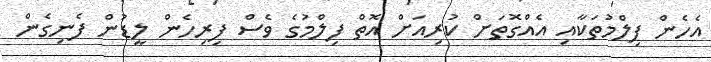
އެހެން ފިލްމުތަކާއި އެއްގޮތަށް ކުރިއަށް އޮތް ފިލްމުގެ ވެސް ފިރިހެން ލީޑުން ފެނިގެން